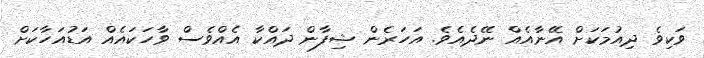
ވަކިވެ ދިއުމަކަށް އޭނާއެއް ނޭދެއެވެ. އަހަރެން ޝިފާން ދައްކާ އެއްވެސް ވާހަކައެއް އަޑުއަހާކަށް